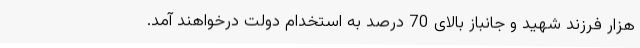
هزار فرزند شهید و جانباز بالای 70 درصد به استخدام دولت درخواهند آمد.